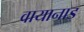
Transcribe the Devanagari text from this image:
वायानाड